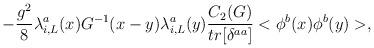
LaTeX: \begin{align*}-\frac{g^2}{8} \lambda_{i,L}^a(x) G^{-1}(x-y)\lambda_{i,L}^a(y)\frac{C_2(G)}{tr[\delta^{aa}]}<\phi^b(x)\phi^b(y)>,\end{align*}